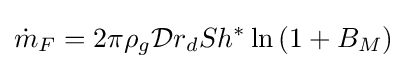
{\dot {m}}_{F}=2\pi \rho _{g}{\mathcal {D}}r_{d}Sh^{*}\ln \left(1+B_{M}\right)